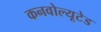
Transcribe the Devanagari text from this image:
कनवोल्यूटेड